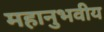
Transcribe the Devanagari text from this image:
महानुभवीय